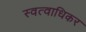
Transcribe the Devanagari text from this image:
स्वत्वाधिकर